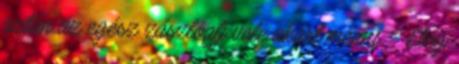
aztán az egész zászlóalj vele akart menni. - Elég